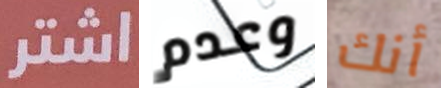
اشتر وعدم أنك